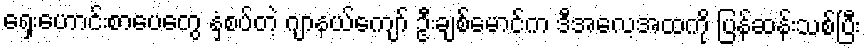
ရှေးဟောင်းစာပေတွေ နှံ့စပ်တဲ့ ဂျာနယ်ကျော် ဦးချစ်မောင်က ဒီအလေ့အထကို ပြန်ဆန်းသစ်ပြီး